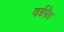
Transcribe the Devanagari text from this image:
वर्डपैड